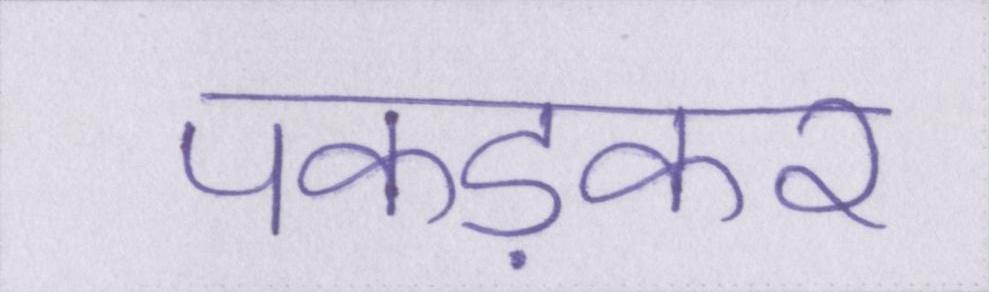
पकड़कर